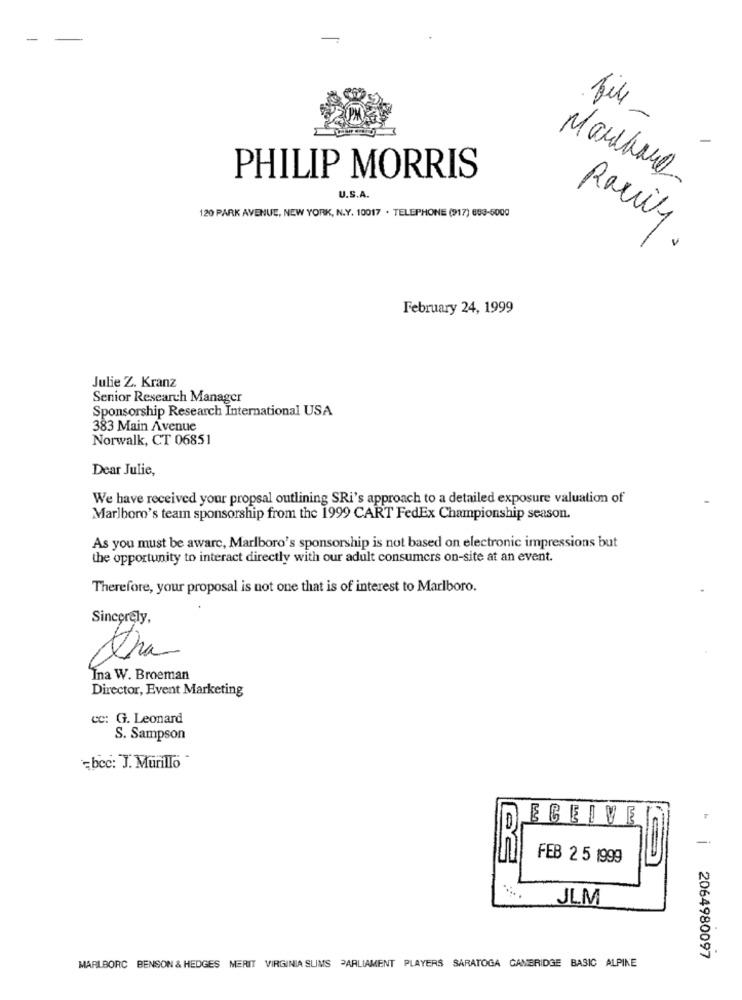
-
file -
PHILIP MORRIS
Marchand
U.S.A.
120 PARK AVENUE, NEW YORK, N.Y. 10017 . TELEPHONE (917) 693-5000
Rawy.
February 24, 1999
Julie Z. Kranz
Senior Research Manager
Sponsorship Research International USA
383 Main Avenue
Norwalk, CT 06851
Dear Julie,
We have received your propsal outlining SRi's approach to a detailed exposure valuation of
Marlboro's team sponsorship from the 1999 CART FedEx Championship season.
As you must be aware, Marlboro's sponsorship is not based on electronic impressions but
the opportunity to interact directly with our adult consumers on-site at an event.
Therefore, your proposal is not one that is of interest to Marlboro.
Sincerely,
tha
Ina W. Broeman
Director, Event Marketing
cc: G. Leonard
S. Sampson
=bcc: J. Murillo
ECEIVE
-.
FEB 2 5 1999
JLM
MARLBORC BENSON & HEDGES MERIT VIRGINIA SLIMS PARLIAMENT PLAYERS SARATOGA CAMBRIDGE BASIC ALPINE
2064980097